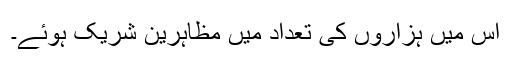
اس میں ہزاروں کی تعداد میں مظاہرین شریک ہوئے۔